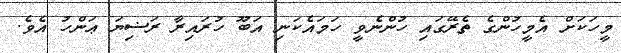
މީހަކަށް އެމީހުންގެ ތެރޭގައި ހުންނެވީ ހަމައެކަނި އަބޫ ހުރައިރާ ރަޟިޔަ ޢަންހު އެވެ.